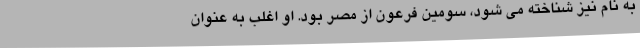
به نام نیز شناخته می شود، سومین فرعون از مصر بود. او اغلب به عنوان